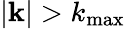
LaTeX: \lvert{\mathbf k}\rvert>k_{\mathrm{max}}